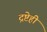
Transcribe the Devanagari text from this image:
द्रष्टेही